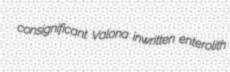
consignificant Valona inwritten enterolith